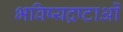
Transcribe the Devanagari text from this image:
भविष्यद्रष्टाओं